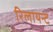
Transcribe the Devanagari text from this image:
रिलायन्ट